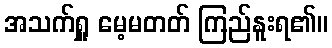
အသက်ရှူ မေ့မတတ် ကြည်နူးရ၏။